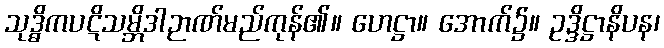
သုဒ္ဓိကပဋိသမ္ဘိဒါဉာဏ်မည်ကုန်၏။ ဟေဋ္ဌာ။ အောက်၌။ ဥဒ္ဒိဋ္ဌာနိပန၊